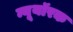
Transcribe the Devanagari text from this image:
न्यूयॉरक